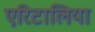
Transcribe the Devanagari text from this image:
एरिटालिया